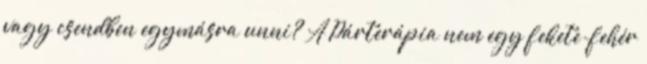
vagy csendben egymásra unni? A Párterápia nem egy fekete-fehér